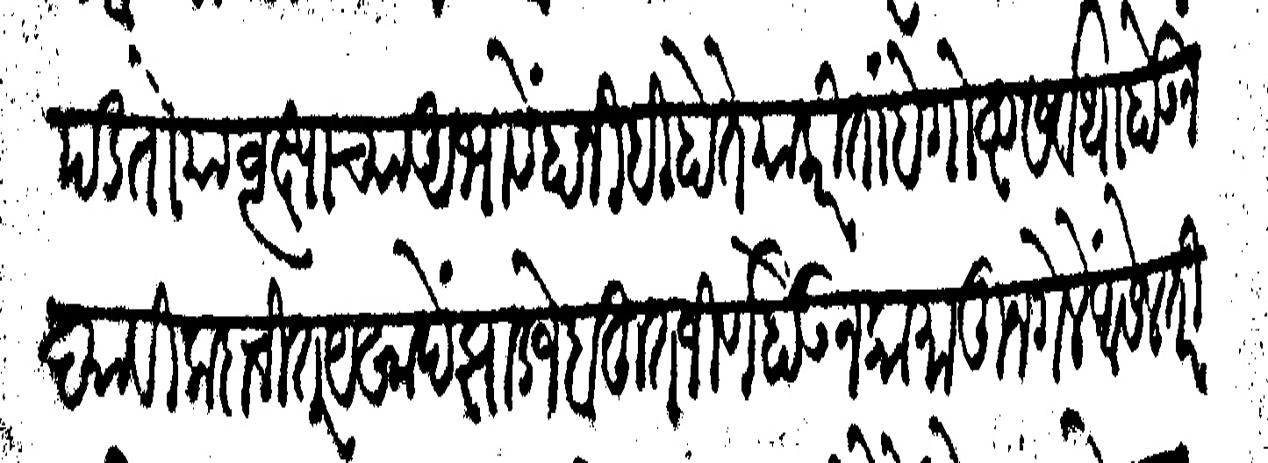
Transliteration (Devanagari): पडतो या वृक्षांच्या अभावें हानीही होते याकरीता हे गोष्ट सर्वथा होऊ न द्यावी कदाचीत यखादे झाड जें बहूत जीर्ण होऊन कामातून गेले आसेल तरी